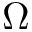
\Omega